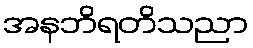
အနဘိရတိသညာ